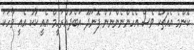
ކޮންމެ އެއްޗަކޭ ވެސް އެހެންނެންނުން ފޮނަދޫ އަބްދުއްރަހީމް އެއީ ކާކު އެއީ ވާހަކަ